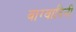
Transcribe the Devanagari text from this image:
वाग्वादिनी